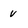
Character: v